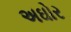
અઘોર